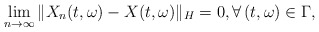
\begin{align*}\lim_{n\rightarrow\infty}\Vert X_n(t,\omega) - X(t,\omega)\Vert_H = 0, \forall\, (t,\omega)\in\Gamma ,\end{align*}